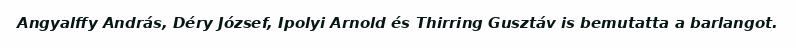
Angyalffy András, Déry József, Ipolyi Arnold és Thirring Gusztáv is bemutatta a barlangot.